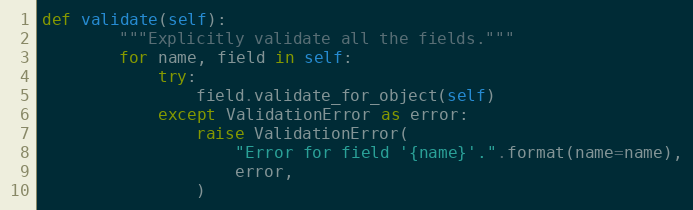
Language: Python
def validate(self):
        """Explicitly validate all the fields."""
        for name, field in self:
            try:
                field.validate_for_object(self)
            except ValidationError as error:
                raise ValidationError(
                    "Error for field '{name}'.".format(name=name),
                    error,
                )